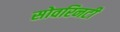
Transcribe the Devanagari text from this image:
सोवरिनटी